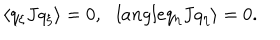
LaTeX: \langle q _ { \xi } J q _ { \xi } \rangle = 0 , \ \ \, l a n g l e q _ { \eta } J q _ { \eta } \rangle = 0 .